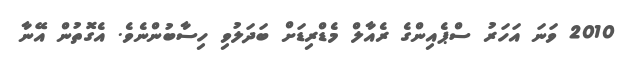
2010 ވަނަ އަހަރު ސްޕެއިންގެ ރެއާލް މެޑްރިޑަށް ބަދަލުވި ހިސާބުންނެވެ. އެގޮތުން އޭނާ